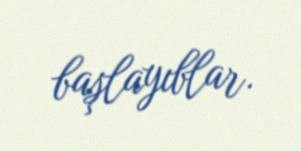
başlayıblar.